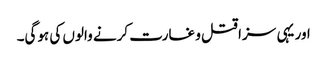
اور یہی سزا قتل و غارت کرنے والوں کی ہوگی۔